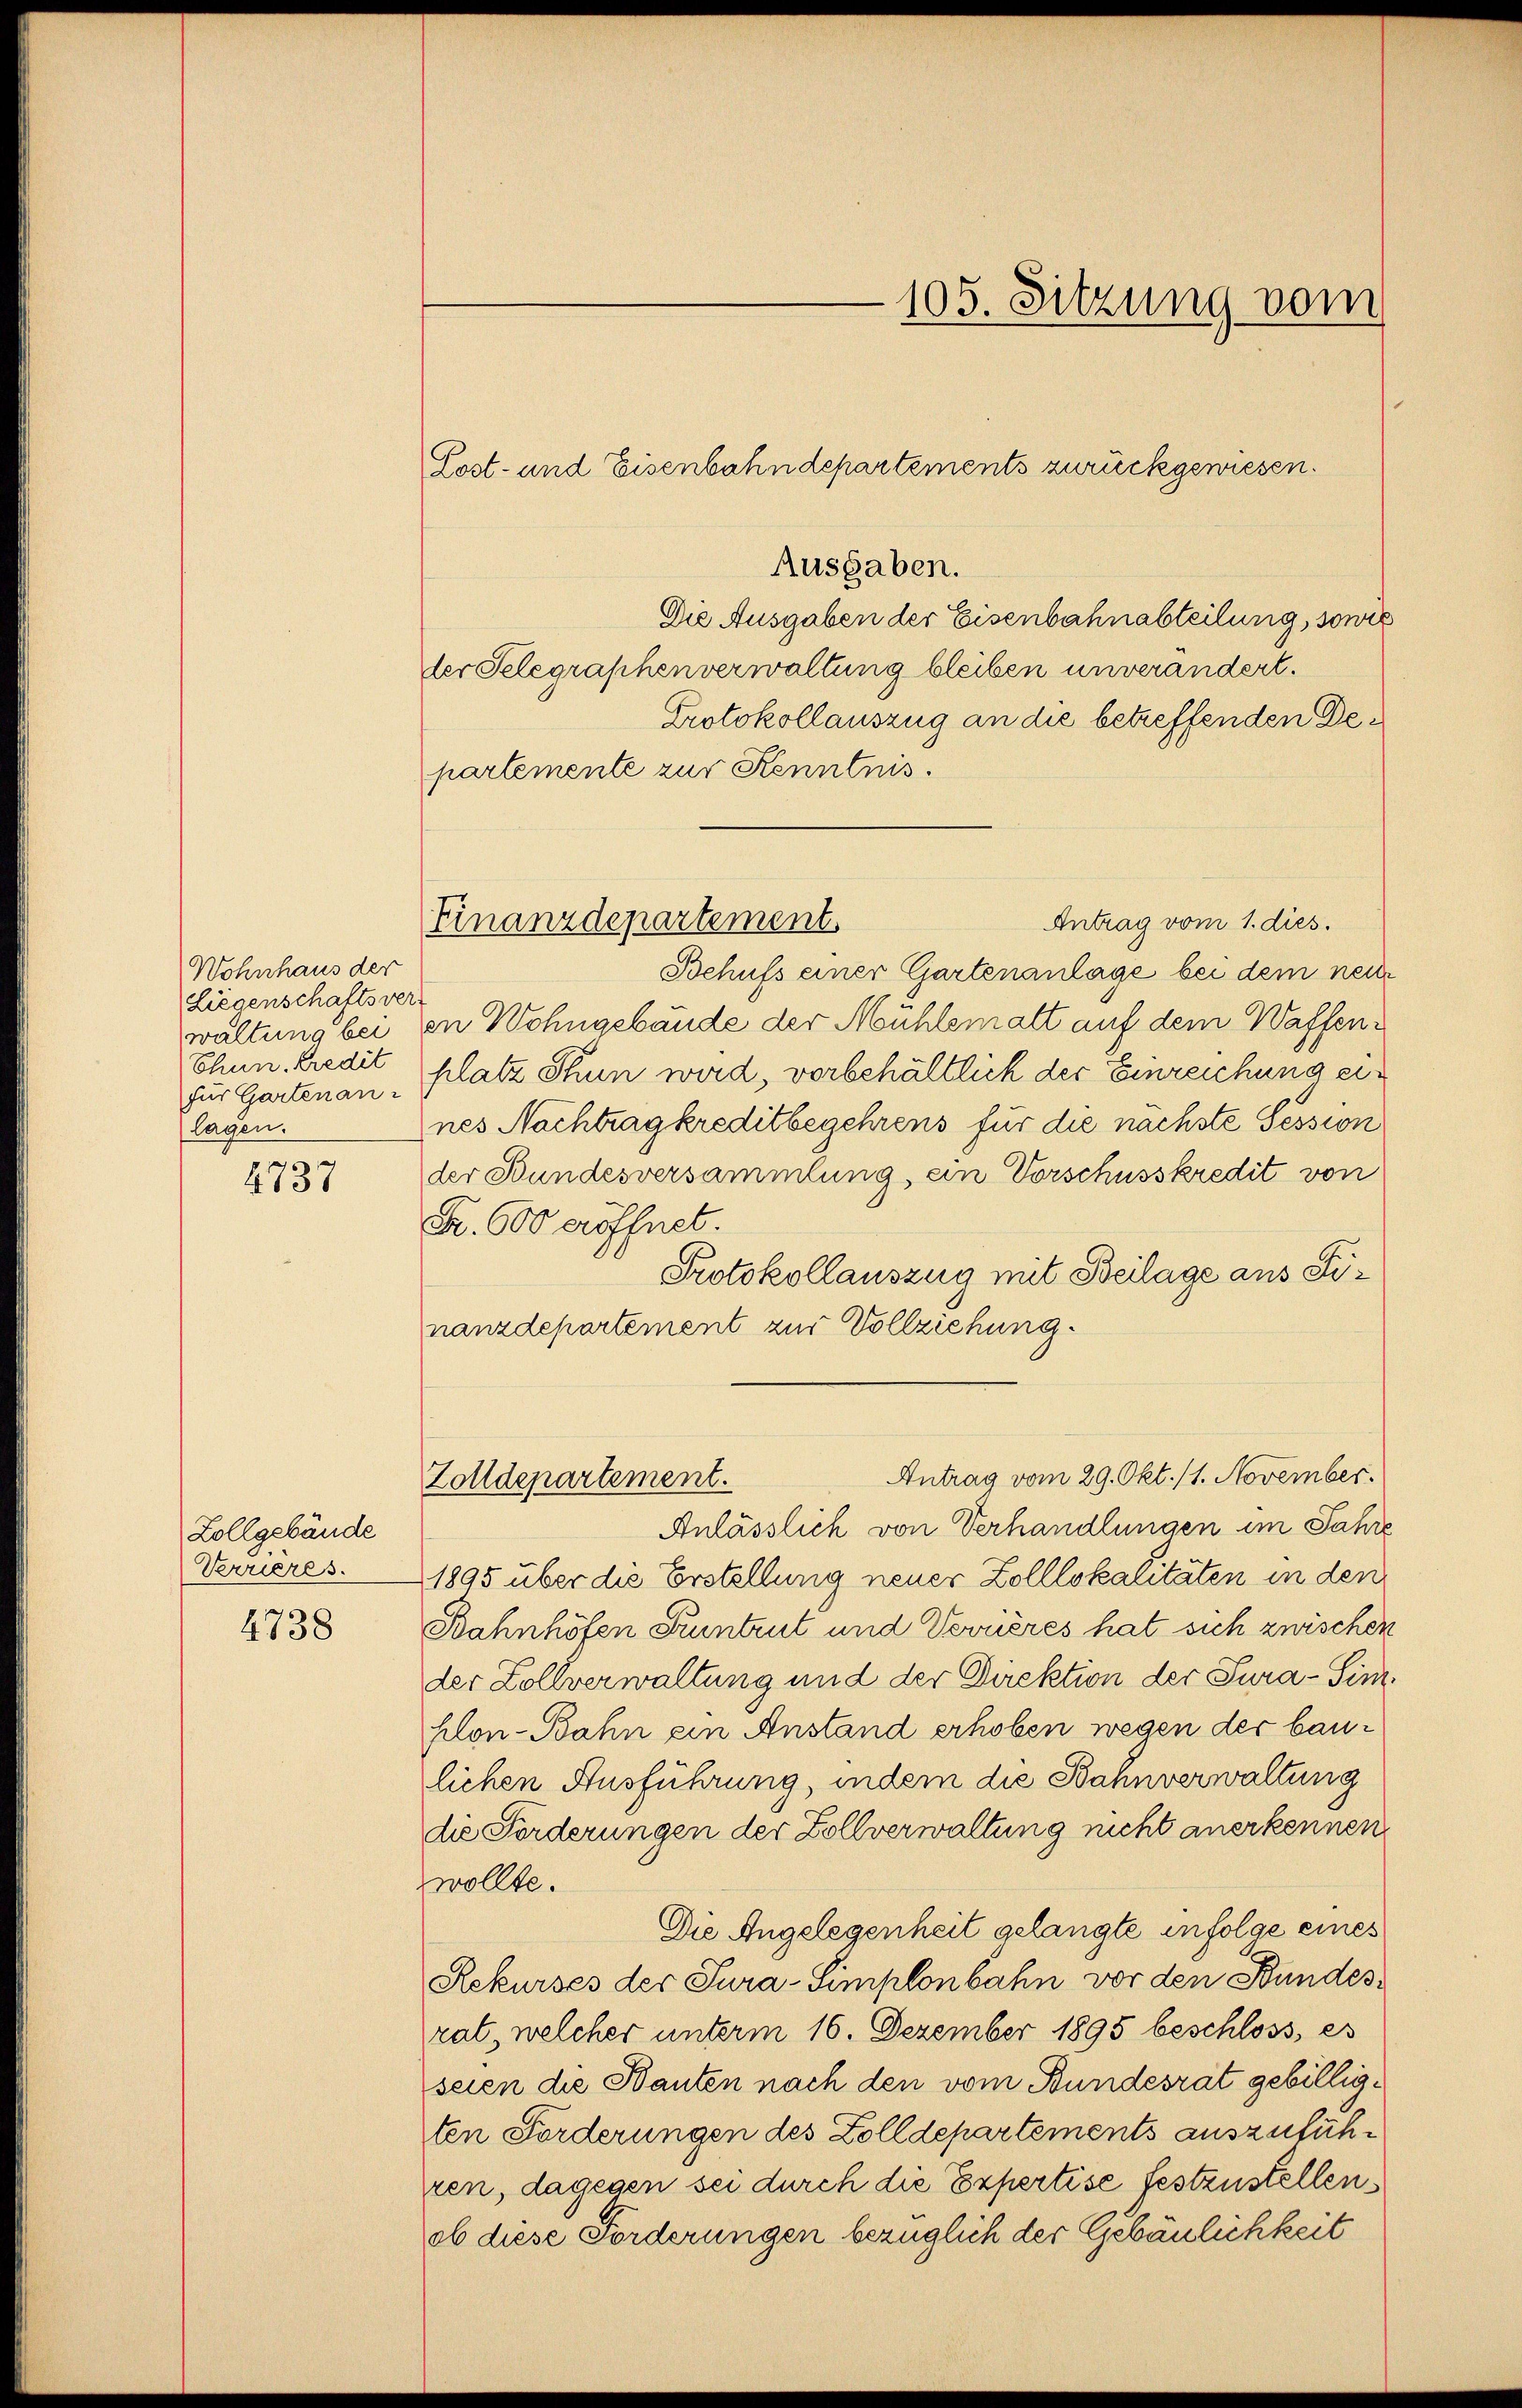
Wohnhaus der
Liegenschaftsver
waltung bei
Chun. Kredit
für Gartenan
lagen.

1737

Zollgebäude
Verrieres.
4738

Ausgaben.
Die Ausgaben der Eisenbahnabteilung, sowie
der Selegraphenverwaltung bleiben unverändert.
Protokollauszug an die betreffenden Departemente zur Kenntnis.
Antrag vom 1. dies
Behufs einer Gartenanlage bei dem neue
in Wohngebäude der Mühlemalt auf dem Waffenplatz Stun wird, vorbehältlich der Einreichung eines Nachtrag kreditbegehrens für die nächste Session
der Bundesversammlung, ein Vorschusskredit von
Fr. 600 eröffnet.
Protokollauszug mit Beilage aus Sinanzdepartement zur Vollziehung.
Antrag vom 29. Okt. 11. November.
Zolldepartement.
Anlässlich von Verhandlungen im Jahre
1895 über die Erstellung neuer Kolllokalitäten in den
Bahnhöfen Kuntrut und Verneres hat sich zwischen
der Zollverwaltung und der Direktion der Tura-Simhlon-Bahn ein Anstand erhoben wegen der baulichen Ausführung, indem die Bahnverwaltung
die Forderungen der Zollverwaltung nicht anerkennen.
zwollte.
Die Angelegenheit gelangte infolge eines
Rekurses der Sura-Simplonbahn vor den Bundesrat, welcher unterm 16. Dezember 1895 beschloss, es
seien die Bauten nach den vom Bundesrat gebilligten Forderungen des Zolldepartements auszuführen, dagegen sei durch die Expertise festzustellen
ob diese Forderungen bezüglich der Gebäulichkeit

Finanzdepartement.

Lost- und Eisenbahndepartements zurückgewiesen.

105. Sitzung vom